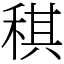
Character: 稘